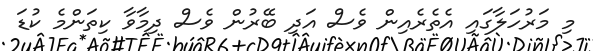
މި މަރުހަލާގައި އެތެރެއިން ވެސް އަދި ބޭރުން ވެސް ދިމާވާ ކިތަންމެ ކުޑަ